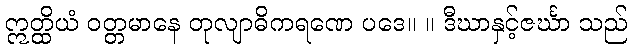
ဣတ္ထိယံ ဝတ္တမာနေ တုလျာဓိကရဏေ ပဒေ။ ။ ဒီဃာနှင့်ဇင်္ဃာ သည်